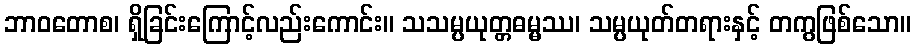
ဘာဝတောစ၊ ရှိခြင်းကြောင့်လည်းကောင်း။ သသမ္ပယုတ္တဓမ္မဿ၊ သမ္ပယုတ်တရားနှင့် တကွဖြစ်သော။